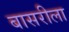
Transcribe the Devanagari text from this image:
बासरीला